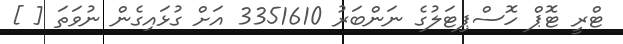
ޓްރީ ޓޮޕް ހޮސްޕިޓަލުގެ ނަންބަރު 3351610 އަށް ގުޅައިގެން ނުވަތަ [ ]